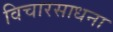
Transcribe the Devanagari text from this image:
विचारसाधना